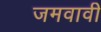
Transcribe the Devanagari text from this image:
जमवावी